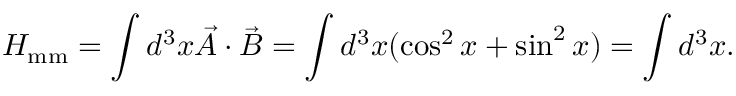
{ \cal H } _ { \mathrm { m m } } = \int d ^ { 3 } x \vec { A } \cdot \vec { B } = \int d ^ { 3 } x ( \cos ^ { 2 } x + \sin ^ { 2 } x ) = \int d ^ { 3 } x .